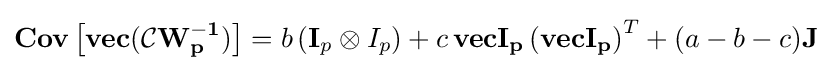
\mathbf {Cov\left[vec({\mathcal {C}}W_{p}^{-1})\right]} =b\left(\mathbf {I} _{p}\otimes I_{p}\right)+c\,\mathbf {vecI_{p}} \left(\mathbf {vecI_{p}} \right)^{T}+(a-b-c)\mathbf {J}